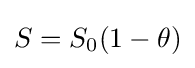
S=S_{0}(1-\theta )